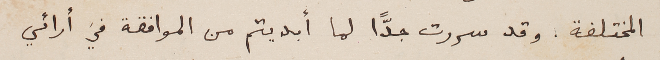
المختلفة. وقد سررت جدّاً لما أبديتم من الموافقة في أرائي